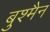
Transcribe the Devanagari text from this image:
बुश्मैन